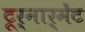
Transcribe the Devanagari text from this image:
टूर्नार्मेंट